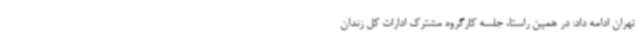
تهران ادامه داد: در همین راستا، جلسه کارگروه مشترک ادارات کل زندان